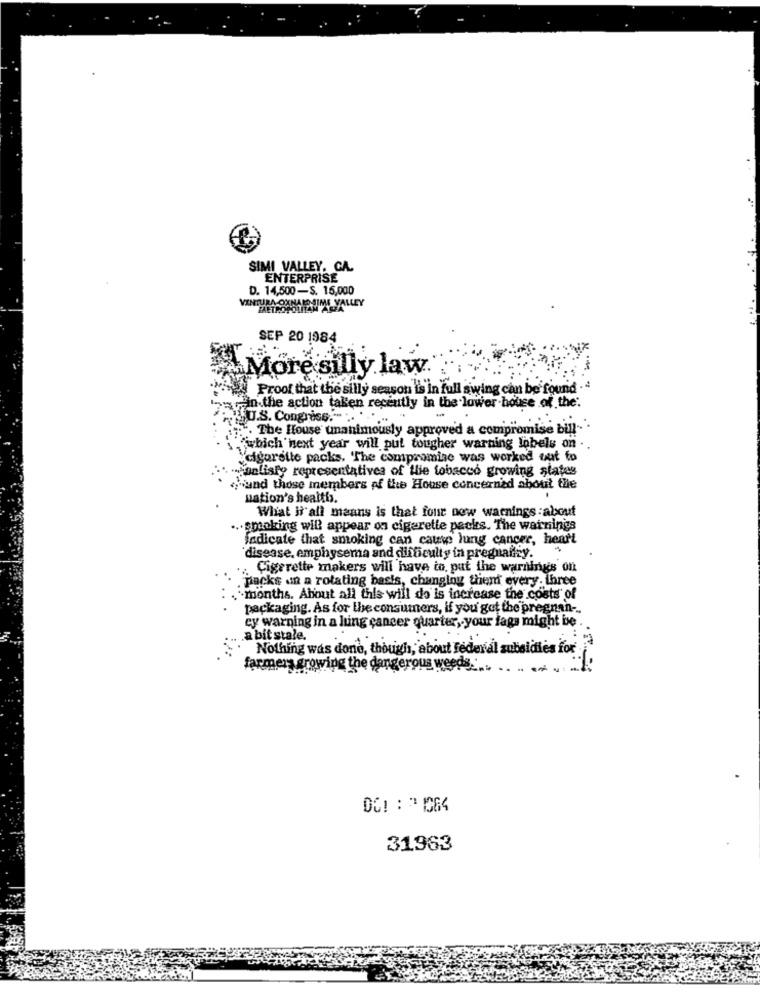
SIMI VALLEY. CA.
ENTERPRISE
D. 14,500-S. 15,000
VENTURA OXNARD SIMI VALLEY
SEP 20 1984
More silly law
Proof that the silly season is in full swing can be found -
in the action taken recently in the lower house of the:
U.S. Congress .-- .. .
. The House unanimously approved a compromise bill .. ".
wbich next year will put tougher warning inbels on ..
"cigarette packs. The compromise was worked out to
sunlisty representatives of the tobacco growing states
Fund those members of the House concerned about the
nation's health.
What i'all means is that four now warnings :about
.. spanking will appear on cigarette packs. The warnings
indicate that smoking can cause lung cancer, heart
disease, emphysema and difficulty in pregnancy.
Cigarette makers will have to, put the warnings on
packs un a rotating basis, changing thien every. ihree
`months. About all this will do is increase the costs of
packaging. As for the consumers, if you got the pregnan -..
cy warning in a lung cancer quarter, your fags might be .
a bit stale.
Nothing was done, though, about federal subsidies for
farmers growing the dangerous weeds
31963